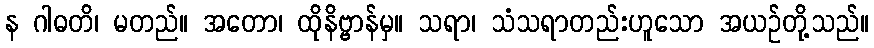
န ဂါဓတိ၊ မတည်။ အတော၊ ထိုနိဗ္ဗာန်မှ။ သရာ၊ သံသရာတည်းဟူသော အယဉ်တို့သည်။